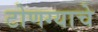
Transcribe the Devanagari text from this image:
टोणग्याचे